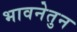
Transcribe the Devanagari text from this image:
भावनेतुन